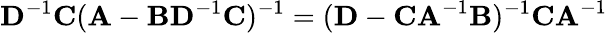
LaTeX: \mathbf{D}^{-1}\mathbf{C}(\mathbf{A}-\mathbf{BD}^{-1}\mathbf{C})^{-1}=(\mathbf{D}-\mathbf{CA}^{-1}\mathbf{B})^{-1}\mathbf{CA}^{-1}